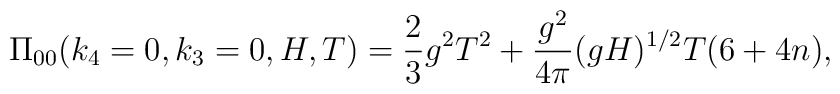
\Pi_{00}(k_4 = 0, k_3 = 0, H,T) = \frac{2}{3} g^2 T^2 +  \frac{g^2}{4\pi} (gH)^{1/2} T        (6 + 4 n),